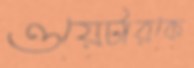
ওয়েটারকে